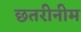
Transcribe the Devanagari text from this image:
छतरीनीम